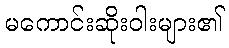
မကောင်းဆိုးဝါးများ၏